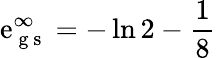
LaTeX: \mathrm{e}_{\mathrm{{~g~s~}}}^{\infty}=-\ln{2}-\frac{{1}}{{8}}